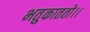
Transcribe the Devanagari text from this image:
भतुकाततो।।